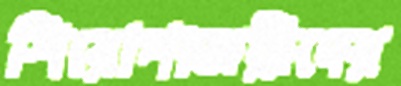
শিরোপাজয়ীদের